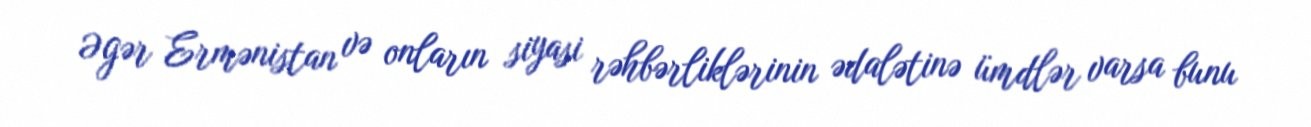
Əgər Ermənistan və onların siyasi rəhbərliklərinin ədalətinə ümdlər varsa bunu